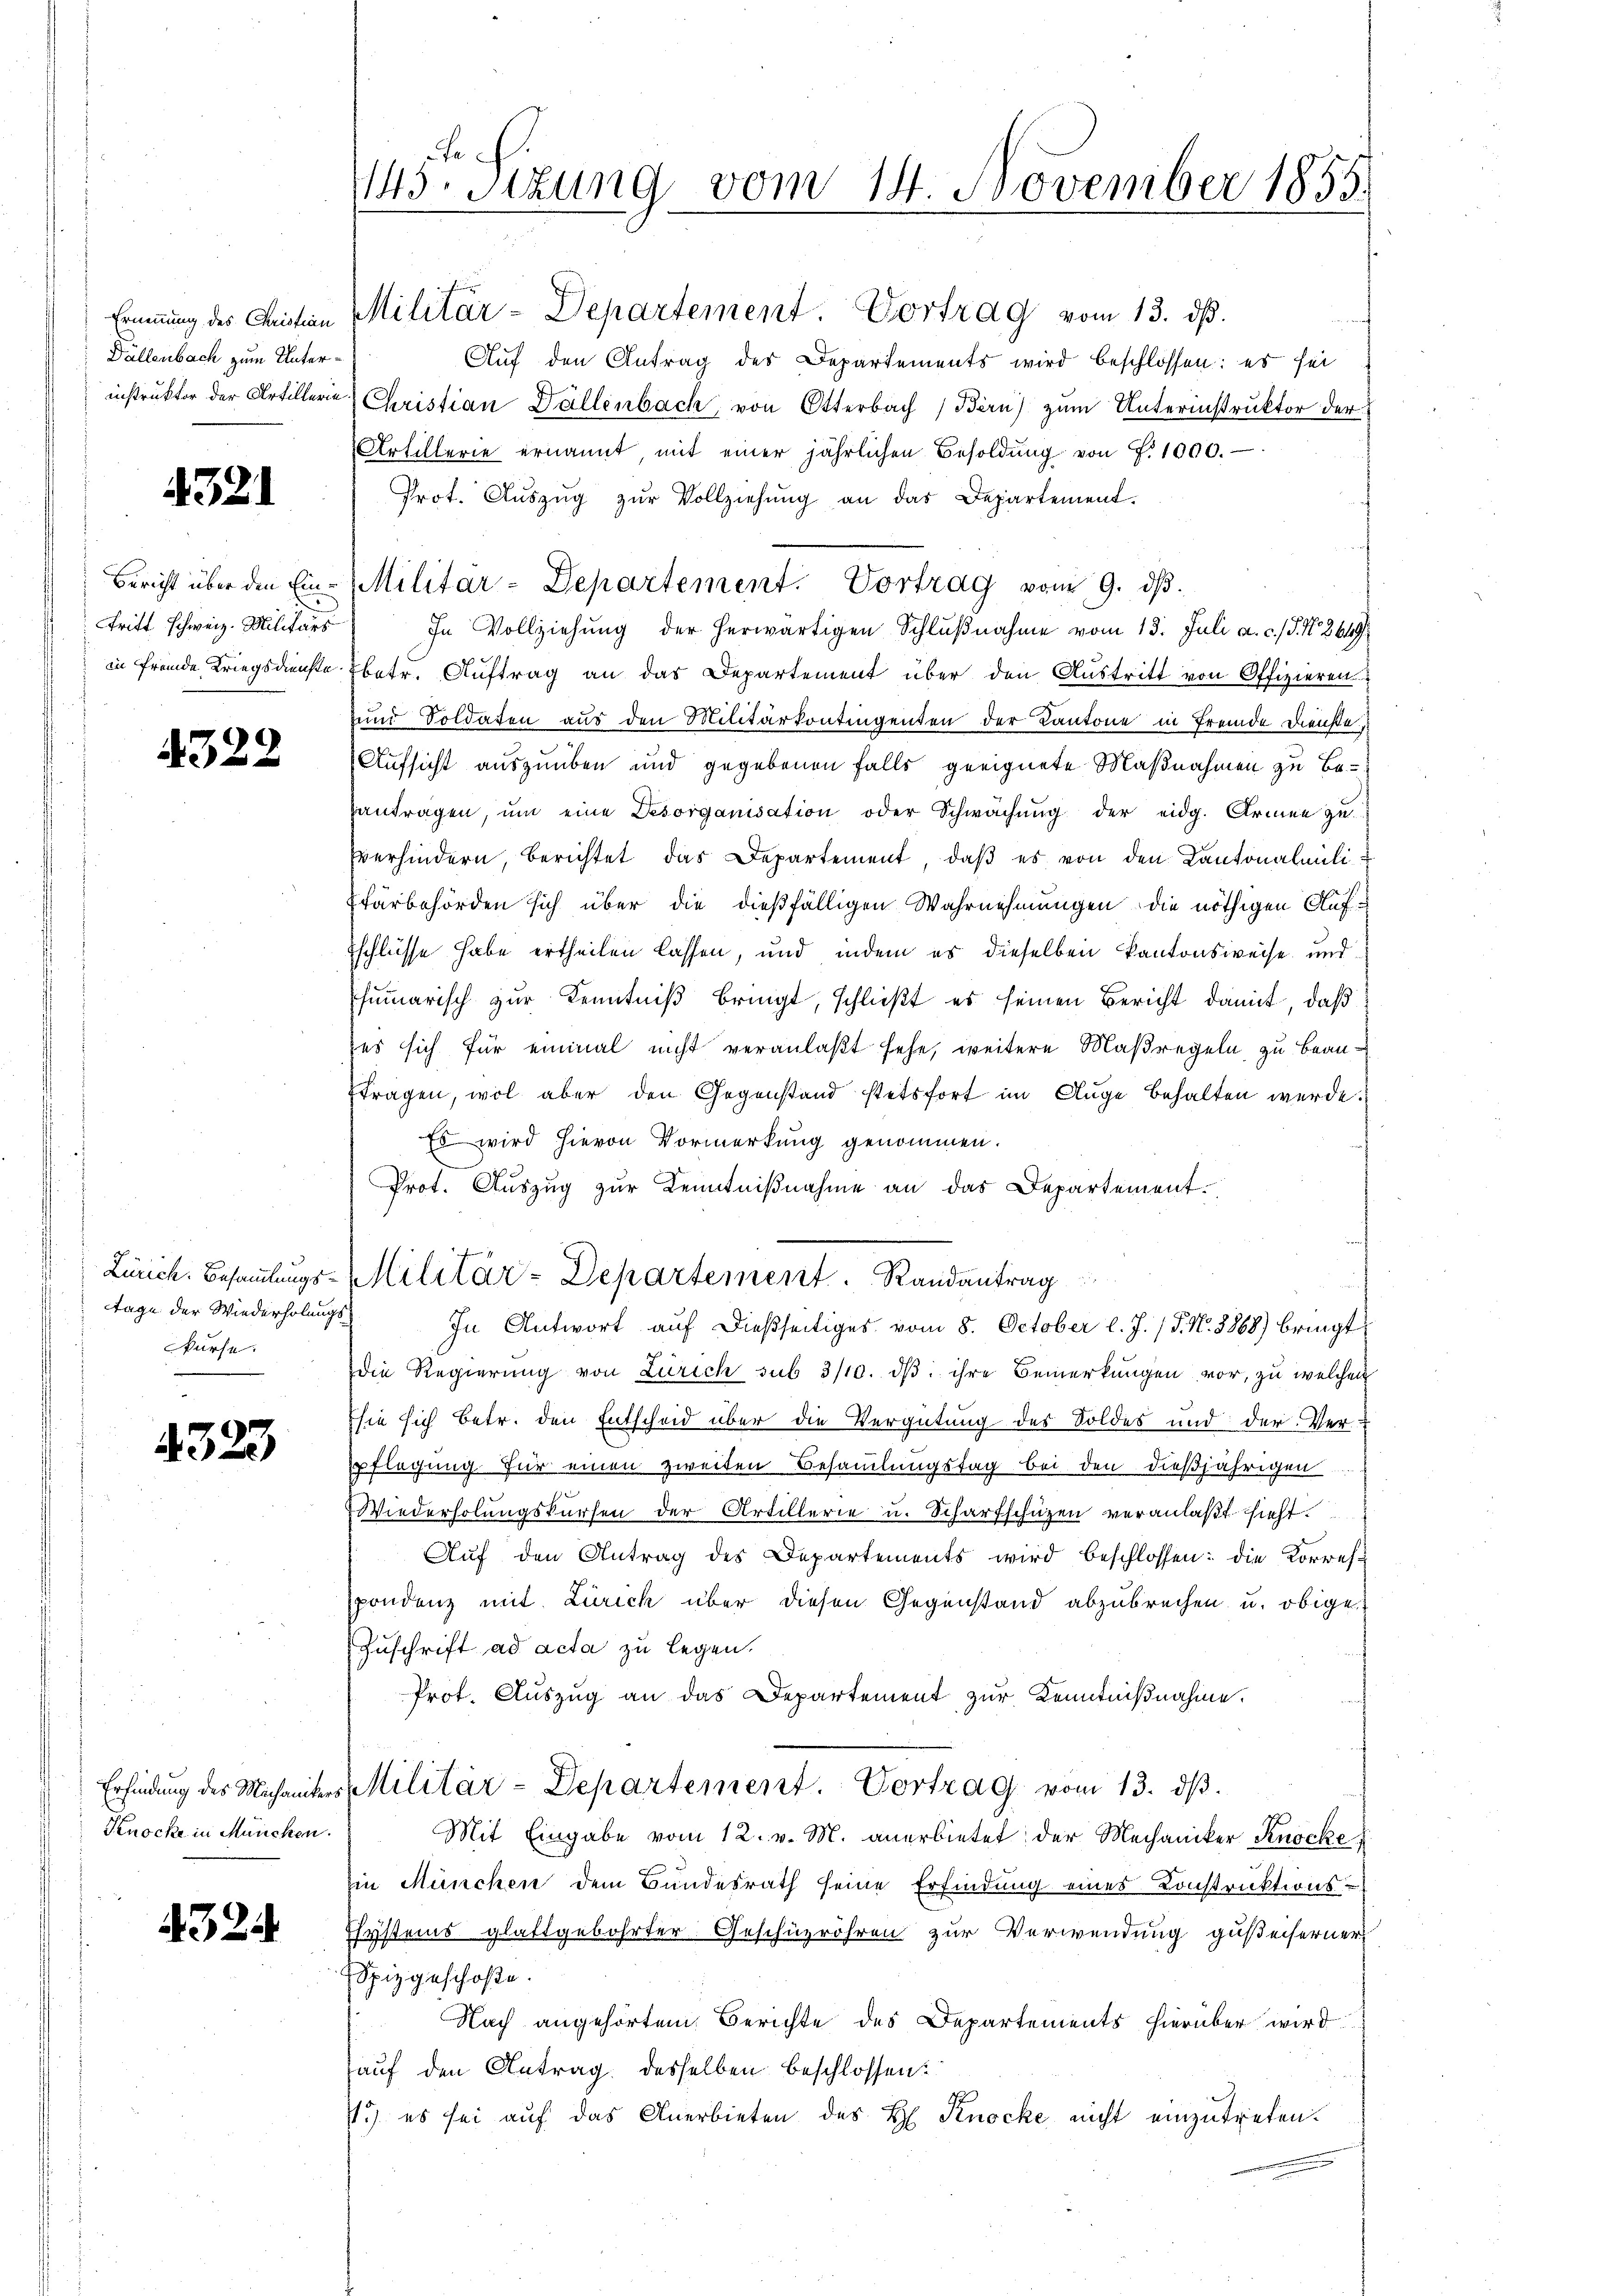
Dällenbach zum Unter¬

4321

Bericht über den Eind
tritt schweiz. Militärs
in fremde Kriegsdienste

4322

Zürich. Besammlungstage der Wiederholungsfürse.

4325

Erfindung des Michanikers
Kenocke in München.

4324

145. Sizung vom 14. November 1855.

Eimmung des Christian Militär-Departement. Vortrag vom 13. dβ.
Aŭf den Antrag der Departements wird beschlossen: es sei
instruktor der Artillerie Christian Dällenbach, von Otterbach Bern) zum Unterinstruktor der
Artillerie ernannt mit einer jährlichen Besoldŭng von P. 1000.
Prot. Aŭszŭg zŭr Vollziehŭng an das Departement.
In Vollziehung der herwärtigen Schlußnahme vom 13. Juli a. c. J. N. 2649
fbetr. Auftrag an das Departement über den Austritt von Offizieren
und Soldaten aus den Militärkontingenten der Kantone in fremde Dienste.
Aufsicht auszuüben und gegebenen falls geeignete Maßnahmen zu Be-
antragen, ŭm eine Desorganisation oder Schwachŭng der eidg. Armee zu
verhindern, berichtet das Departement, daβ es von den Kantonalmili
färbehörden sich über die dießfälligen Wahrnehmungen die nöthigen Auf¬
Eschlüsse habe ertheilen lassen, und indem es dieselben kantonsweise und
fumarisch zur Kenntniß bringt, schließt es seinen Bericht damit, daß
ses sich für einmal nicht veranlaßt sehe, weitere Maßregeln, zu beantragen, wol aber den Gegenstand stetsfort im Auge behalten werde.
Es wird hievon Vormerkung genommen.
Prot. Auszug zur Kenntniβnahme an das Departement.
Militär-Departement Randantrag
In Antwort auf dießseitiges vom 8. October l. J. (T. N. 3868) bringt
die Regierung von Zürich sub 3/10. dβ ihre Bemerkungen vor, zu welchen
Esie sich betr. den Entscheid über die Vergütung des Soldes und der Ver-
Epflegung. Für einen zweiten Besammlungstag bei den dießjährigen
.
Wiederholungskursen der Artillerie u. Scharfschüzen veranlaßt sieht.
Aŭf den Antrag des Departements wird beschlossen: die Korrest
pondenz mit Zürich über diesen Gegenstand abzubrechen u. obige
Zuschrift ad acta zu legen.
Prot. Auszug an das Departement zur Kenntnißnahme.
Militär-Departement. Vortrag vom 13. dβ.
Mit Eingabe vom 12. v. M. anerbietet der Mechaniker Knocke
Ein München dem Bundesrath seine Erfindung eines Konstruktions-
Chystems glattgebohrter Geschüzröhren zur Verwendung gußeiserner
Spizgeschoße.
Nach angehörtem Berichte des Departements hierüber wird
Hauf den Antrag desselben beschlossen:
.) es sei auf das Anerbieten des H. Knocke nicht einzutreten.

Militär-Departement. Vortrag vom 9. dβ.